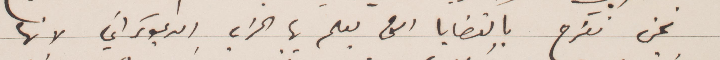
نحن نفرح بالقضايا التي يعلم بها الحزب الديمقراطي لأنها